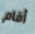
أقام